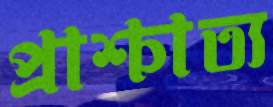
প্রাশ্চাত্য